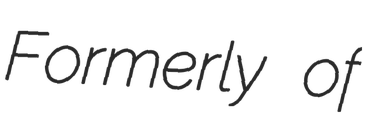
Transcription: Formerly of